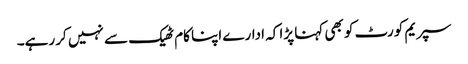
سپریم کورٹ کو بھی کہنا پڑا کہ ادارے اپنا کام ٹھیک سے نہیں کر رہے۔